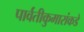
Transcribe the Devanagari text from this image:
पार्वतीकुमारांकडे